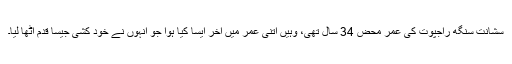
سشانت سنگھ راجپوت کی عمر محض 34 سال تھی، وہیں اتنی عمر میں آخر ایسا کیا ہوا جو انہوں نے خود کشی جیسا قدم اٹھا لیا۔